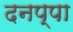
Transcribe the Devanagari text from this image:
दनप्पा